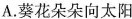
A.葵花朵朵向太阳